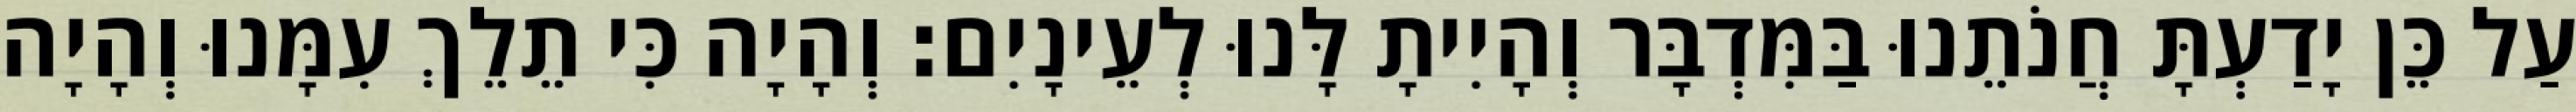
עַל כֵּן יָדַעְתָּ חֲנֹתֵנוּ בַּמִּדְבָּר וְהָיִיתָ לָּנוּ לְעֵינָיִם׃ וְהָיָה כִּי תֵלֵךְ עִמָּנוּ וְהָיָה